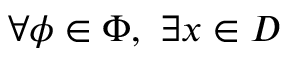
\forall \phi \in \Phi , ~ \exists x \in D